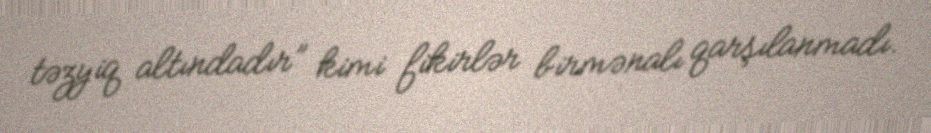
təzyiq altındadır” kimi fikirlər birmənalı qarşılanmadı.